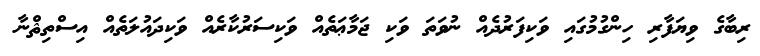
ރިބާގެ ވިޔަފާރި ހިންގުމުގައި ވަކިފަރުދެއް ނުވަތަ ވަކި ޖަމާޢަތެއް ވަކިސަރުކާރެއް ވަކިދައުލަތެއް އިސްތިޘްނާ